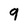
Character: 9